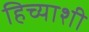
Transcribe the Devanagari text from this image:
हिच्‍याशी